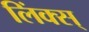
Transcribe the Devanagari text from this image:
लिंक्स्